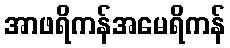
အာဖရိကန်အမေရိကန်